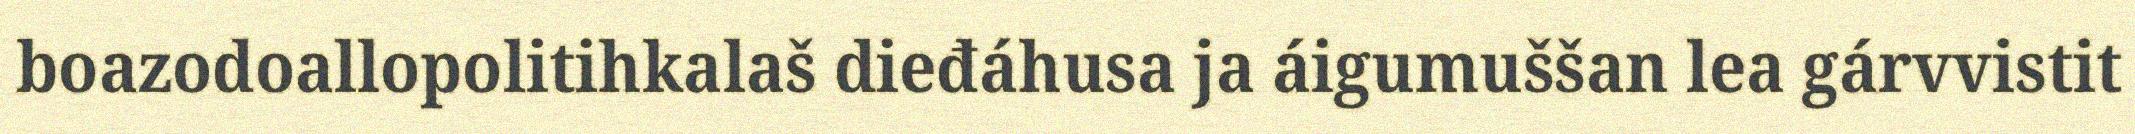
boazodoallopolitihkalaš dieđáhusa ja áigumuššan lea gárvvistit